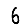
Digit: 6